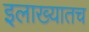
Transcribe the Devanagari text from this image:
इलाख्यातच